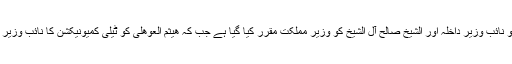
ناصر الداؤدکو نائب وزیر داخلہ اور الشیخ صالح آل الشیخ کو وزیر مملکت مقرر کیا گیا ہے جب کہ ھیثم العوھلی کو ٹیلی کمیونیکشن کا نائب وزیر لگایا گیا ہے۔